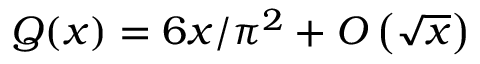
Q ( x ) = 6 x / \pi ^ { 2 } + O \left( { \sqrt { x } } \right)